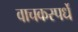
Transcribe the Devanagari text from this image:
वाचकस्पर्धे